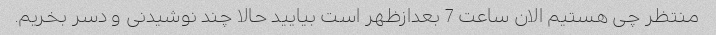
منتظر چی هستیم الان ساعت 7 بعدازظهر است بیایید حالا چند نوشیدنی و دسر بخریم.